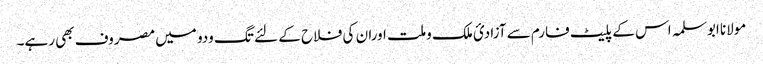
مولانا ابوسلمہ اس کے پلیٹ فارم سے آزادیٴ ملک وملت اوران کی فلاح کے لئے تگ ودو میں مصروف بھی رہے۔